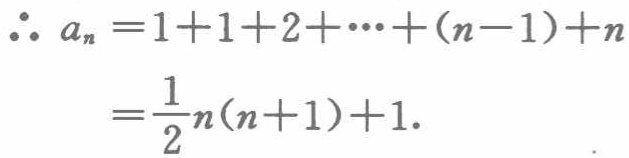
\[\begin{align*}
\therefore a_{n}&=1 + 1+2+\cdots+(n - 1)+n\\
&=\frac{1}{2}n(n + 1)+1.
\end{align*}\]